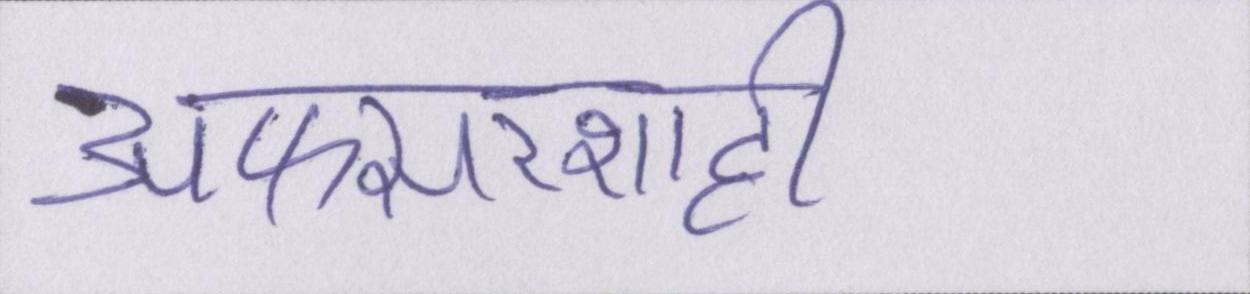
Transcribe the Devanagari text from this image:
अफसरशाही